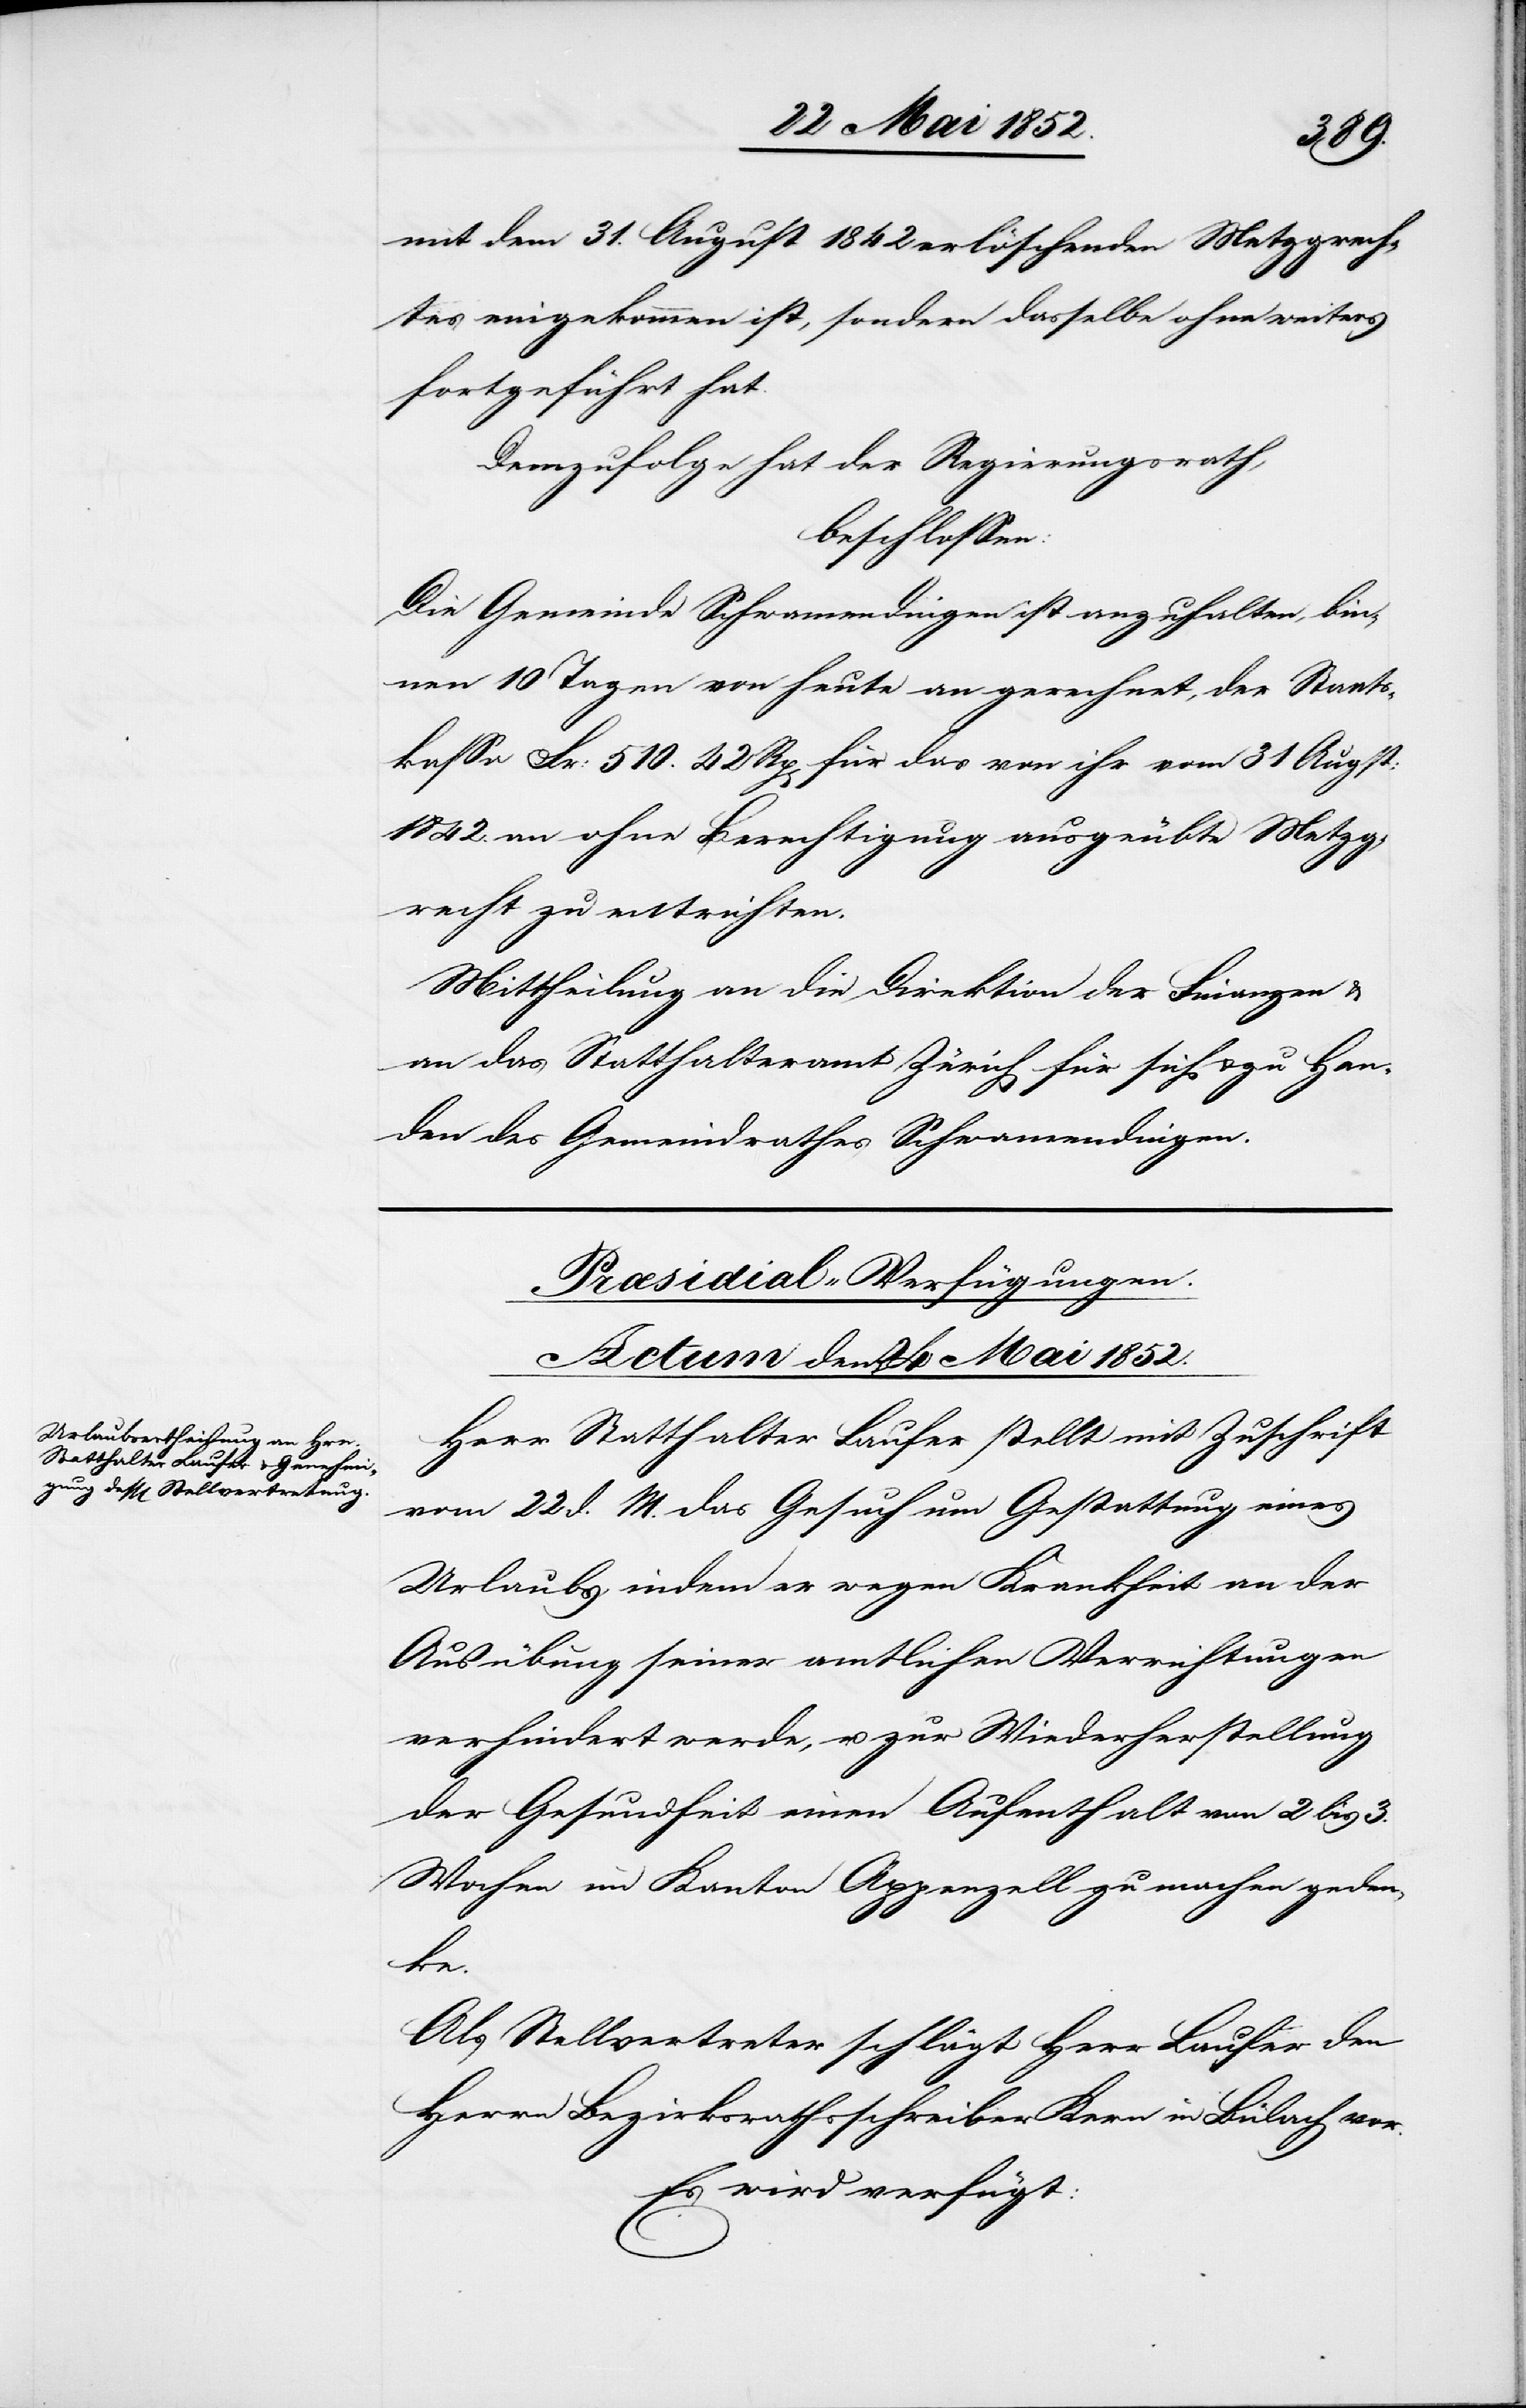
mit dem 31. August 1842 erlöschenden Metzgrech¬
tes eingekommen ist, sondern dasselbe ohne weiters
fortgeführt hat.
Demzufolge hat der Regierungsrath,
beschlossen:
Die Gemeinde Schwamendingen ist anzuhalten, bin¬
nen 10 Tagen von heute an gerechnet, der Staats¬
kassa Fr: 510. 42 Rp[en] für das von ihr vom 31 Augst:
1842. an ohne Berechtigung ausgeübte Metzg¬
recht zu entrichten.
Mittheilung an die Direktion der Finanzen &
an das Statthalteramt Zürich für sich & zu Han¬
den des Gemeindrathes Schwamendingen.
Præsidial-Verfügungen.
Actum den 24 Mai 1852.
Herr Statthalter Laufer stellt mit Zuschrift
vom 22 d. M. das Gesuch um Gestattung eines
Urlaubs, indem er wegen Krankheit an der
Ausübung seiner amtlichen Verrichtungen
verhindert werde, u. zur Wi[e]derherstellung
der Gesundheit einen Aufenthalt von 2 bis 3.
Wochen im Kanton Appenzell zu machen geden¬
ke.
Als Stellvertreter schlägt Herr Laufer den
Herrn Bezirksrathsschreiber Kern in Bülach vor.
Es wird verfügt: